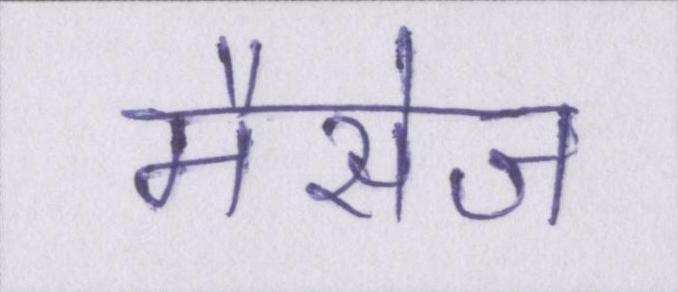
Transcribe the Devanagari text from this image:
मैसेज